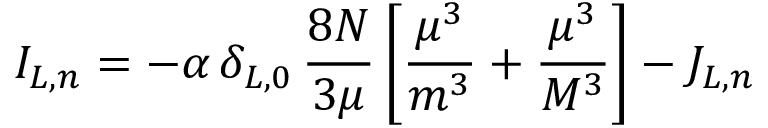
I _ { L , n } = - \alpha \, \delta _ { L , 0 } \, \frac { 8 N } { 3 \mu } \left[ \frac { \mu ^ { 3 } } { m ^ { 3 } } + \frac { \mu ^ { 3 } } { M ^ { 3 } } \right] - J _ { L , n }